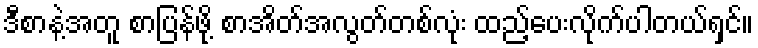
ဒီစာနဲ့အတူ စာပြန်ဖို့ စာအိတ်အလွတ်တစ်လုံး ထည့်ပေးလိုက်ပါတယ်ရှင်။